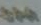
કર